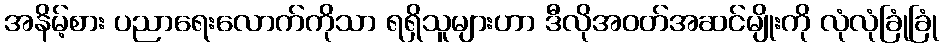
အနိမ့်စား ပညာရေးလောက်ကိုသာ ရရှိသူများဟာ ဒီလိုအဝတ်အဆင်မျိုးကို လုံလုံခြုံခြုံ